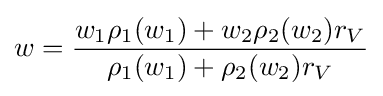
w={\frac {w_{1}\rho _{1}(w_{1})+w_{2}\rho _{2}(w_{2})r_{V}}{\rho _{1}(w_{1})+\rho _{2}(w_{2})r_{V}}}